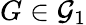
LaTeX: G\in\mathcal{G}_{1}